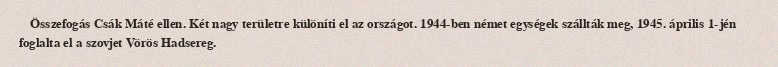
Összefogás Csák Máté ellen. Két nagy területre különíti el az országot. 1944-ben német egységek szállták meg, 1945. április 1-jén foglalta el a szovjet Vörös Hadsereg.